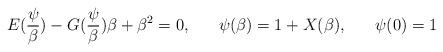
LaTeX: \begin{align*}E(\frac{\psi}{\beta}) -G(\frac{\psi}{\beta})\beta + \beta^{2} = 0, \;\;\;\;\;\;\psi(\beta)=1+X(\beta), \;\;\;\;\;\;\psi(0)=1 \end{align*}